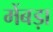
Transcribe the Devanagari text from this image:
मेंबड़ा